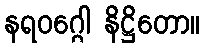
နရဝဂ္ဂေါ နိဋ္ဌိတော။